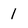
Character: 1